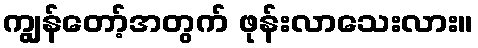
ကျွန်တော့်အတွက် ဖုန်းလာသေးလား။